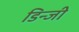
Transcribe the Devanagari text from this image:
डिन्जी